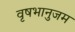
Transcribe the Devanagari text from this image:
वृषभानुजम